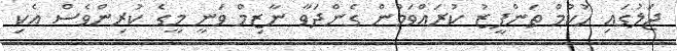
ޖަލުގައި ހުކުމް ތަންފީޒު ކުރައްވަމުން ގެންދަވާ ނާޒިމް ވަނީ މީގެ ކުރިންވެސް އެކި